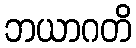
ဘယာဂတိ